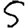
Digit: 5